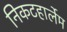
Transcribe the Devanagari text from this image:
निकटहार्लेम